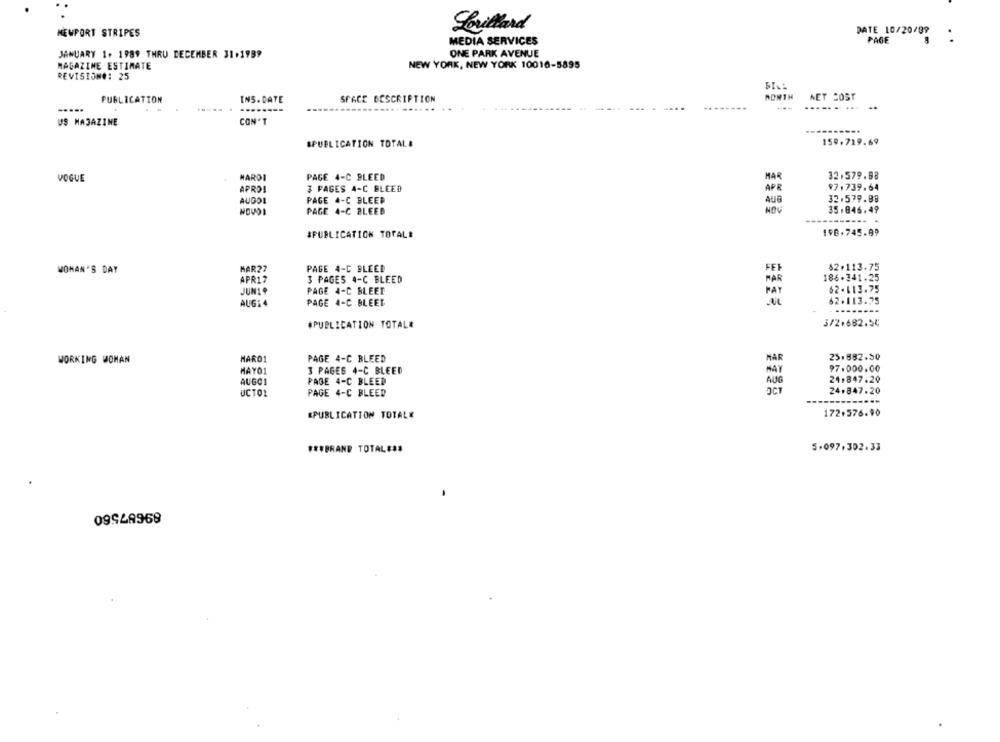
Lorillard
DATE 10/20/89
NEWPORT STRIPES
..
MEDIA SERVICES
PAGE
ONE PARK AVENUE
JANUARY 1. 1989 THRU DECEMBER 31.1989
MAGAZINE ESTIMATE
NEW YORK, NEW YORK 10010-5895
REVISION#: 25
PONTH
NET COST
PUBLICATION
INS. DATE
SPACE DESCRIPTION
.....
.-------
---
..........
US MAGAZINE
CON'T
--.
159.719.69
SPUBLICATION TOTALE
VOGUE
MARDI
PAGE 4-C BLEED
MAR
32.579.98
97.739.64
APROI
3 PAGES 4-C BLEED
APR
AUDOL
PAGE 4-C BLEER
AUG
32.579.88
PAGE 4-C BLEED
NOV
35,846.49
#PUBLICATION TOTAL#
198.745.99
MAR27
PAGE 4-C BLEED
$2.113.75
WOMAN'S DAY
APR17
3 PAGES 4-C BLEED
186.341.25
JUN19
PAGE 4-C BLEET
PAY
62.113.75
AUGi 4
PAGE 4-C BLEET
62.113.75
#PUBLICATION TOTAL*
372,682.54
25.892.50
WORKING WOMAN
MARO1
PAGE 4-C BLEED
MAYO1
3 PAGES 4-C BLEED
97.000.00
24.847.20
AUGC1
PAGE 4-C BLEED
AUG
UCTO
PAGE 4-C BLEED
24.847.20
&PUBLICATION TOTALE
172.576.90
###BRAND TOTAL###
5.097.302.33
09948969